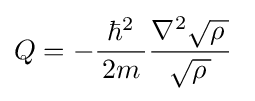
Q=-{\frac {\hbar ^{2}}{\,2m\,}}{\frac {\nabla ^{2}{\sqrt {\rho \,}}}{\sqrt {\rho \,}}}~